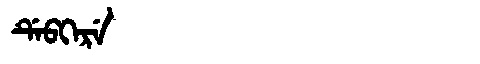
Manchu: ᡩᡝᠪᡴᡝᡵᡝ
Romanization: DEBKERE